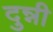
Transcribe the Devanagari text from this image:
दुन्नी